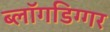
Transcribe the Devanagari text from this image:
ब्लॉगडिग्गर